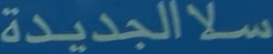
سلالجديدة